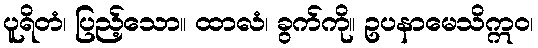
ပူရိတံ၊ ပြည့်သော။ ထာလံ၊ ခွက်ကို။ ဥပနာမေသိဣဝ၊